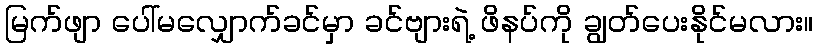
မြက်ဖျာ ပေါ်မလျှောက်ခင်မှာ ခင်ဗျားရဲ့ ဖိနပ်ကို ချွတ်ပေးနိုင်မလား။